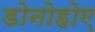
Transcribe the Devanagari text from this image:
डोनोहोए